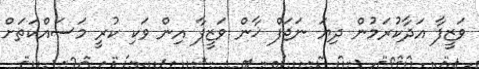
ވަޒީފާ އަދާކުރަމުން ދިޔަ ނަޖަފް ޚާން ވަޒީފާ އިން ވަކި ކުރީ މަސައްކަތަށް